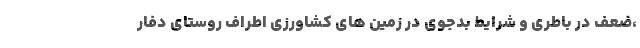
،ضعف در باطری و شرایط بدجوی در زمین های کشاورزی اطراف روستای دفار